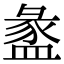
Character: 盠